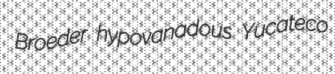
Broeder hypovanadous Yucateco